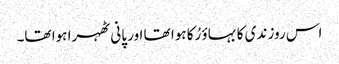
اس روز ندی کا بہاؤ رُکا ہوا تھا اور پانی ٹھہرا ہوا تھا۔